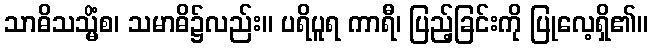
သာဓိသသ္မိံစ၊ သမာဓိ၌လည်း။ ပရိပူရ ကာရီ၊ ပြည့်ခြင်းကို ပြုလေ့ရှိ၏။